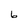
Character: b